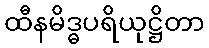
ထီနမိဒ္ဓပရိယုဋ္ဌိတာ